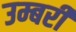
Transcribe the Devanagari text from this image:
उम्बरी